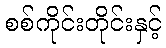
စစ်ကိုင်းတိုင်းနှင့်